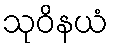
သုဝိနယံ